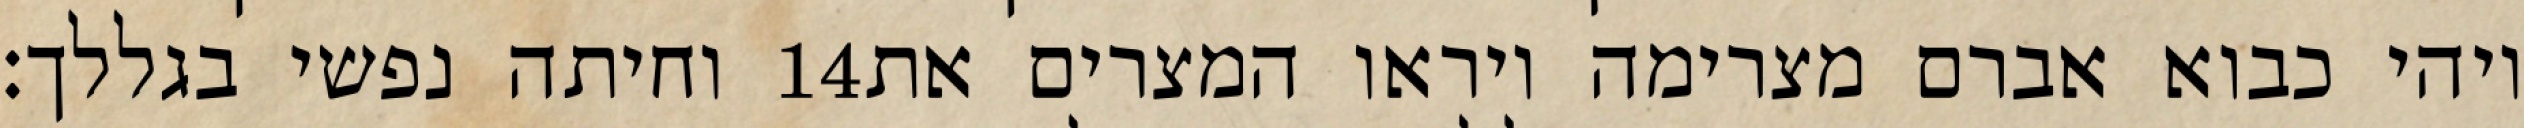
וחיתה נפשי בגללך׃ ‎14‏ ויהי כבוא אברם מצרימה ויראו המצרים את